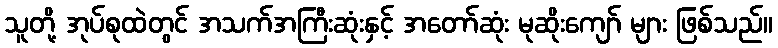
သူတို့ အုပ်စုထဲတွင် အသက်အကြီးဆုံးနှင့် အတော်ဆုံး မုဆိုးကျော် များ ဖြစ်သည်။